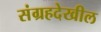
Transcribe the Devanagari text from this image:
संग्रहदेखील